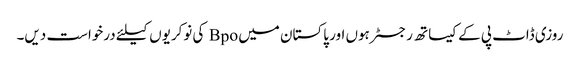
روزی ڈاٹ پی کے کیساتھ رجسٹر ہوں اور پاکستان میں Bpo کی نوکریوں کیلئے درخواست دیں۔